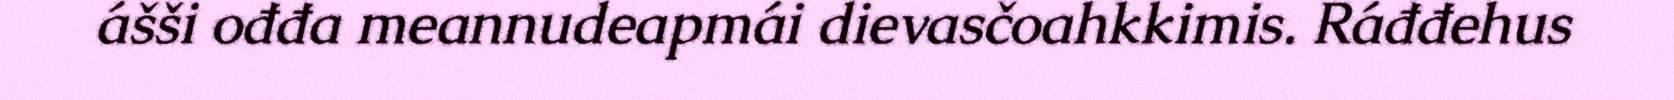
ášši ođđa meannudeapmái dievasčoahkkimis. Ráđđehus